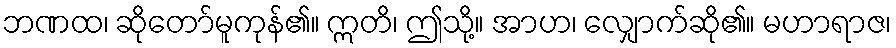
ဘဏထ၊ ဆိုတော်မူကုန်၏။ ဣတိ၊ ဤသို့။ အာဟ၊ လျှောက်ဆို၏။ မဟာရာဇ၊